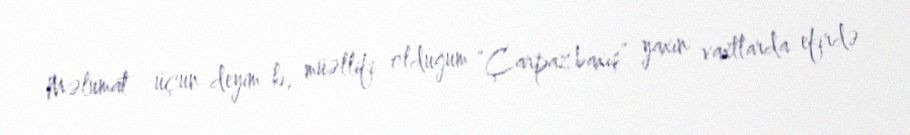
Məlumat üçün deyim ki, müəllifi olduğum “Çarpaz baxış” yaxın vaxtlarda efirdə